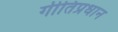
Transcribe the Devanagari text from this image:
गीतिप्रधान